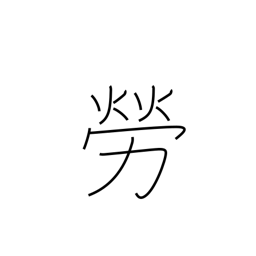
Meaning: thank for